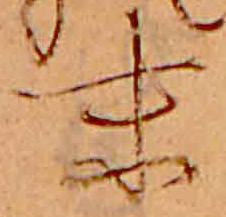
末